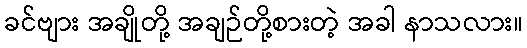
ခင်ဗျား အချိုတို့ အချဉ်တို့စားတဲ့ အခါ နာသလား။